Indian journal of veterinary science and animal husbandry - Volume 7,
Year: 1937
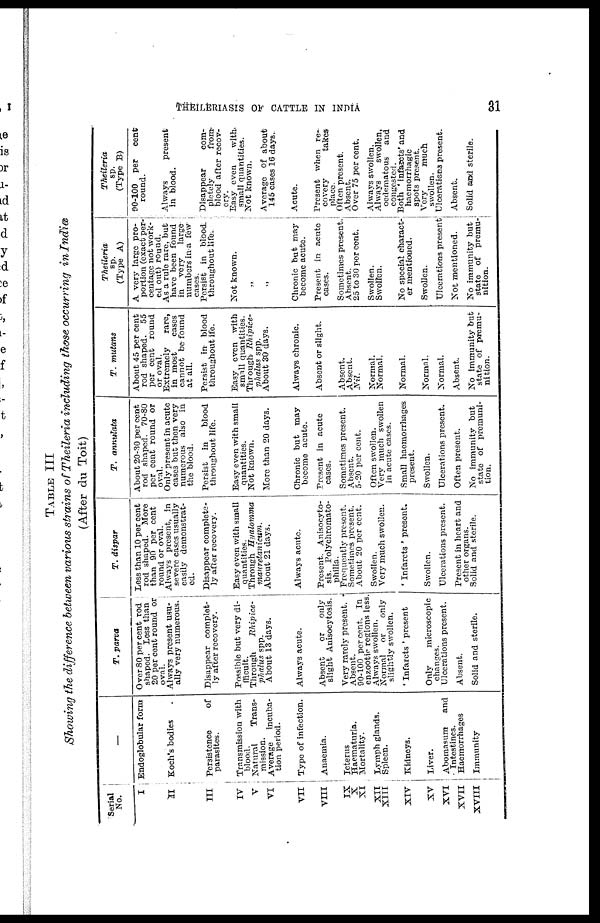
THEILERIASIS OF CATTLE IN INDIA
31
TABLE III
Showing the difference between various strains of Theileria including those occurring in India
(After du Toit)
Serial
No.
I
II
III
IV
V
VI
VII
VIII
IX
X
XI
XII
XIII
XIV
XV
XVI
XVII
XVIII
—
Endoglobular form
Koch's bodies
Persistence
of
parasites.
Transmission with
blood.
Natural
Trans-
mission.
Average
incuba-
tion period.
Type of infection.
Anaemia.
Icterus
Haematuria.
Mortality.
Lymph glands.
Spleen.
Kidneys.
Liver.
Abomasum
and
Intestines.
Haemorrhages
Immunity
T. parva
Over 80 per cent rod
shaped. Less than
20 per cent round or
oval.
Always present usu-
ally very numerous.
Disappear complet-
ly after recovery.
Possible but very di-
fficult.
Through
Rhipice-
phalus spp.
About 13 days.
Always acute.
Absent
or
only
slight Anisocytosis.
Very rarely present.
Absent.
90-100 per cent. In
enzootic regions less.
Always swollen.
Normal
or
only
slightly swollen.
' Infarcts ' present
Only
microscopic
changes.
Ulcerations present.
Absent.
Solid and sterile.
T. dispar
Less than 10 per cent
rod shaped. More
than 90 per cent
round or oval.
Always present, in
severe cases usually
easily demonstrat-
ed.
Disappear complete-
ly after recovery.
Easy even with small
quantities.
Through
Hyalomma
mauretanicum.
About 21 days.
Always acute.
Present. Anisocyto-
sis. Polychromato-
philia.
Frequently present.
Sometimes present.
About 20 per cent.
Swollen.
Very much swollen.
' Infarcts ' present.
Swollen.
Ulcerations present.
Present in heart and
other organs.
Solid and sterile.
T.
annulata
About 20-30 per cent
rod shaped. 70-80
per cent round or
oval.
Only present in acute
cases but then very
numerous also in
the blood.
Persist in
blood
throughout life.
Easy even with small
quantities.
Not known.
More than 20 days.
Chronic but may
become acute.
Present in acute
cases.
Sometimes present.
Absent.
5-20 per cent.
Often swollen.
Very much swollen
in acute cases.
Small haemorrhages
present.
Swollen.
Ulcerations present.
Often present.
No immunity but
state of premuni-
tion.
T. mutans
About 45 per cent
rod shaped. 55
per cent round
or oval.
Extremely
rare,
in most
cases
cannot be found
at all.
Persist in blood
throughout ife.
Easy even with
small quantities.
Through Rhipice-
phalus spp.
About 30 days.
Always chronic.
Absent or slight.
Absent.
Absent.
Nil.
Normal.
Normal.
Normal.
Normal.
Normal.
Absent.
No immunity but
state of premu-
nition.
Theileria
sp.
(Type A)
A very large pro-
portion (exact per-
centage not work-
ed out) round.
As a rule rare, but
have been found
in very
large
numbers in a few
cases.
Persist in blood.
throughout life.
Not known.
„
„
Chronic but may
become acute.
Present in acute
cases.
Sometimes present.
Absent.
25 to 30 per cent.
Swollen.
Swollen.
No special charact-
er mentioned.
Swollen.
Ulcerations present
Not mentioned.
No immunity but
state of premu-
nition.
Theileria
sp.
(Type B)
90-100 per
cent
round.
Always
present
in blood.
Disappear
com-
pletely
from
blood after recov¬
ery.
Easy even
with.
small quantities.
Not known.
Average of about
145 cases 16 days.
Acute.
Present when re-
covery
takes
place.
Often present.
Absent.
Over 75 per cent.
Always swollen.
Always
swollen,
oedematous
and
congested.
Both ' infarcts' and
haemorrhagic
spots present.
Very
much
swollen.
Ulcerations present.
Absent.
Solid and sterile.